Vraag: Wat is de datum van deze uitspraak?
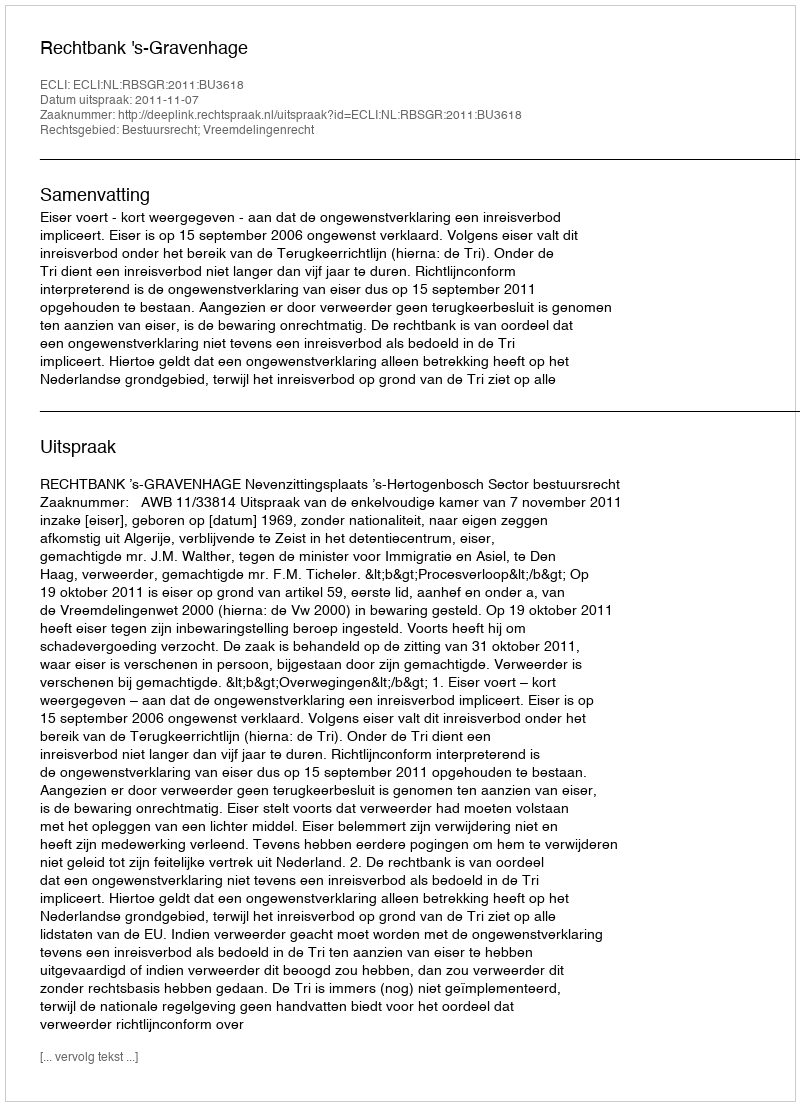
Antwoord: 2011-11-07